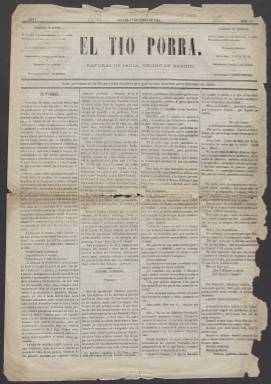
Título: El Tío Porra
Colección: Periódicos
Ámbito geográfico: Madrid
Lugar de publicación: Madrid
Fechas: 01/01/1869-01/01/1869